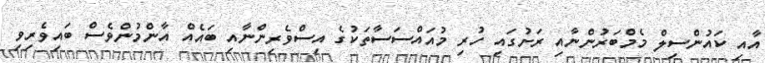
އާއި ކައުންސިލް މެމްބަރުންނާއި ރަށުގައި ހުރި މުއައްސަސާތަކުގެ އިސްވެރިންނާއި ބައެއް އާންމުންވެސް ބައިވެރިވި